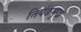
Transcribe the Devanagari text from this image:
तिर्यङमुख